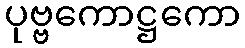
ပုဗ္ဗကောဋ္ဌကော